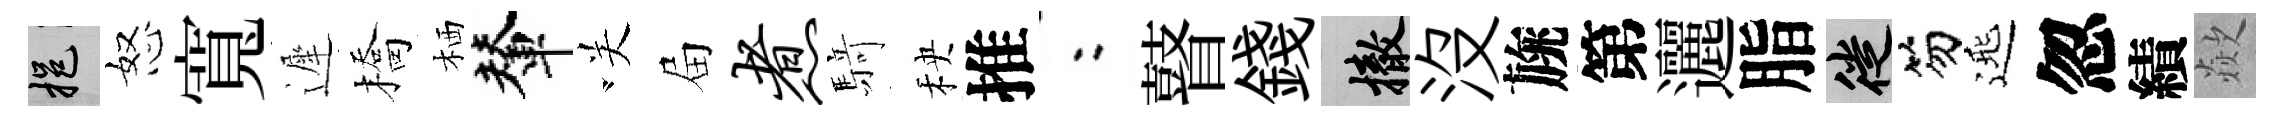
挹怒寬遲橋栖輦咲屇煮𮪍秧推欸瞽錢撤沒旐第邐脂徙笏𨓱忽績歘